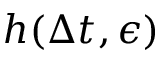
h ( \Delta t , \epsilon )